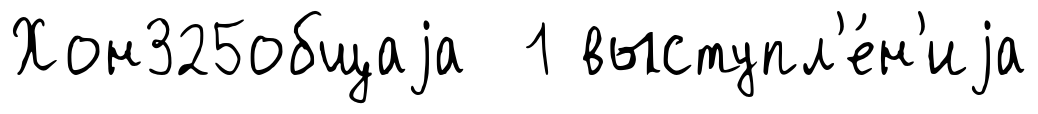
Хон325общаjа 1 выступл'е́н'иjа